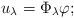
LaTeX: \begin{align*} u_\lambda = \Phi_\lambda \varphi;\end{align*}